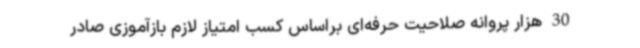
30 هزار پروانه صلاحیت حرفه‌ای براساس کسب امتیاز لازم بازآموزی صادر